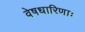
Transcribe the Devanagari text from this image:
वेषधारिणाः